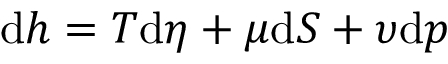
\mathrm { d } h = T \mathrm { d } \eta + \mu \mathrm { d } S + \upsilon \mathrm { d } p